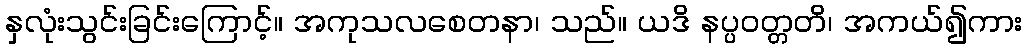
နှလုံးသွင်းခြင်းကြောင့်။ အကုသလစေတနာ၊ သည်။ ယဒိ နပ္ပဝတ္တတိ၊ အကယ်၍ကား